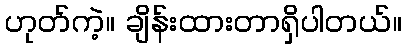
ဟုတ်ကဲ့။ ချိန်းထားတာရှိပါတယ်။